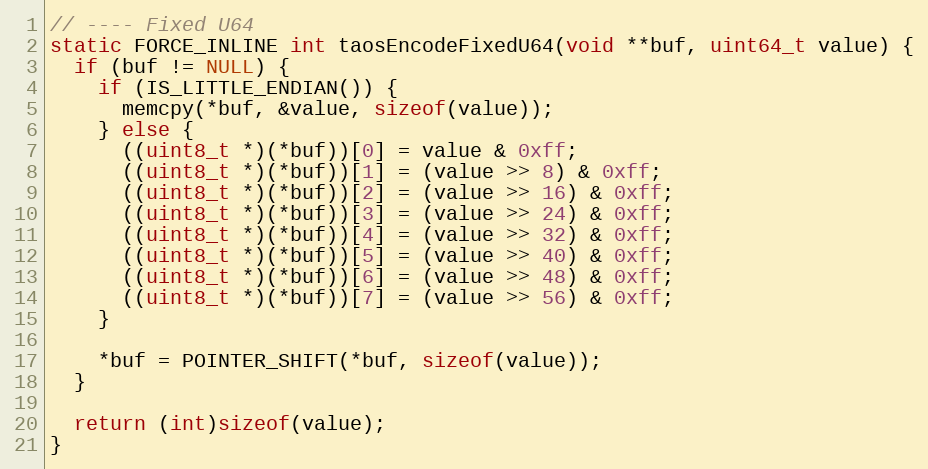
Language: C
// ---- Fixed U64
static FORCE_INLINE int taosEncodeFixedU64(void **buf, uint64_t value) {
  if (buf != NULL) {
    if (IS_LITTLE_ENDIAN()) {
      memcpy(*buf, &value, sizeof(value));
    } else {
      ((uint8_t *)(*buf))[0] = value & 0xff;
      ((uint8_t *)(*buf))[1] = (value >> 8) & 0xff;
      ((uint8_t *)(*buf))[2] = (value >> 16) & 0xff;
      ((uint8_t *)(*buf))[3] = (value >> 24) & 0xff;
      ((uint8_t *)(*buf))[4] = (value >> 32) & 0xff;
      ((uint8_t *)(*buf))[5] = (value >> 40) & 0xff;
      ((uint8_t *)(*buf))[6] = (value >> 48) & 0xff;
      ((uint8_t *)(*buf))[7] = (value >> 56) & 0xff;
    }

    *buf = POINTER_SHIFT(*buf, sizeof(value));
  }

  return (int)sizeof(value);
}